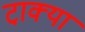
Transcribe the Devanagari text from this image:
टा़क्या